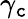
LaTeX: \gamma_{\mathtt{c}}